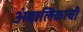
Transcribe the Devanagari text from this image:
अंबालिकाची